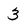
Character: 3